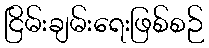
ငြိမ်းချမ်းရေးဖြစ်စဉ်